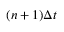
( n + 1 ) \Delta t